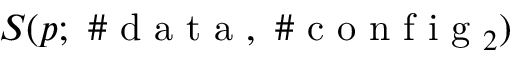
S ( p ; \mathrm { ~ \# ~ d ~ a ~ t ~ a ~ } , \mathrm { ~ \# ~ c ~ o ~ n ~ f ~ i ~ g ~ } _ { 2 } )